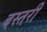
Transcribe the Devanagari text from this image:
बस्तरी